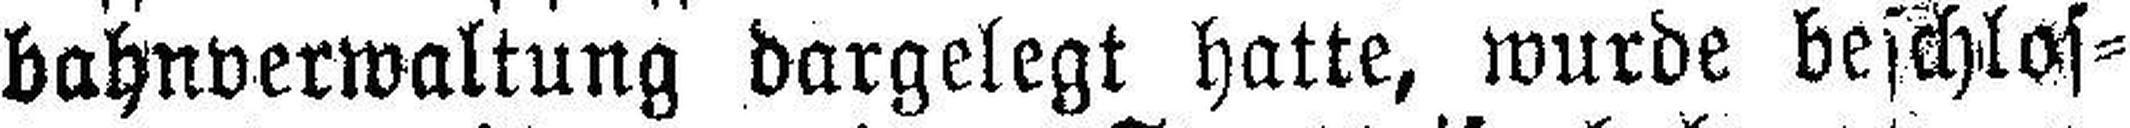
bahnverwaltung dargelegt hatte, wurde beschlos¬